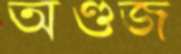
অণ্ডজ